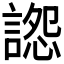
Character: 𧩷